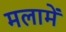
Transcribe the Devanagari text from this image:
मलामें